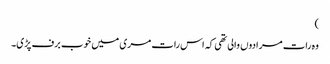
)
وہ رات مرادوں والی تھی کہ اس رات مری میں خوب برف پڑی۔